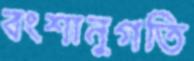
বংশানুগতি